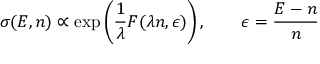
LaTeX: \sigma ( E , n ) \propto \exp \left( { \frac { 1 } { \lambda } } F ( \lambda n , \epsilon ) \right) , \qquad \epsilon = { \frac { E - n } { n } }